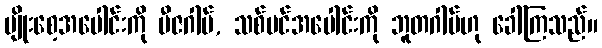
မျိုးစေ့အပေါင်းကို ဗီဇဂါမ်, သစ်ပင်အပေါင်းကို ဘူတဂါမ်ဟု ခေါ်ကြသည်။